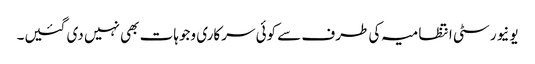
یونیورسٹی انتظامیہ کی طرف سے کوئی سرکاری وجوہات بھی نہیں دی گئیں۔